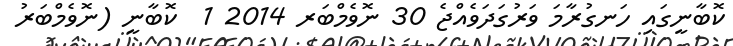
ކޮބާނީގައި ހަނގުރާމަ ވަރުގަދަވެއްޖެ 30 ނޮވެމްބަރ 2014 1  ކޮބާނީ (ނޮވެމްބަރު